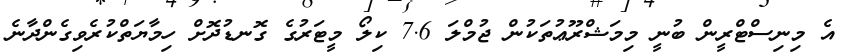
އެ މިނިސްޓްރީން ބުނީ މިމަޝްރޫޢުތަކުން ޖުމްލަ 7.6 ކިލޯ މީޓަރުގެ ގޮނޑުދޮށް ހިމާޔަތްކުރެވިގެންދާނެ